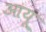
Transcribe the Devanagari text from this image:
आयूं